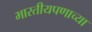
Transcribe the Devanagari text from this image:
भारतीयपणाच्या